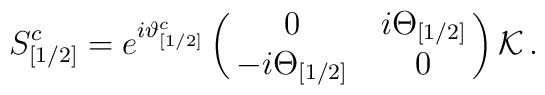
S^c_{[1/2]} =e^{i\vartheta^c_{[1/2]}} \pmatrix{0 & i\Theta_{[1/2]}\cr-i\Theta_{[1/2]} & 0\cr}{\cal K}\, .